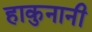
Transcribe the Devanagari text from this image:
हाकुनानी